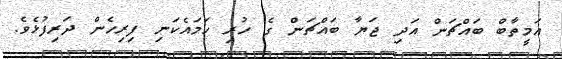
އަމީތާބް ބައްޗަން އަދި ޖަޔާ ބައްޗަން ގެ ހުރި ހަމައެކަނި ފިރިހެން ދަރިފުޅެވެ.